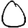
Digit: 0